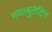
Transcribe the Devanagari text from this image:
गया।बुलेटिन